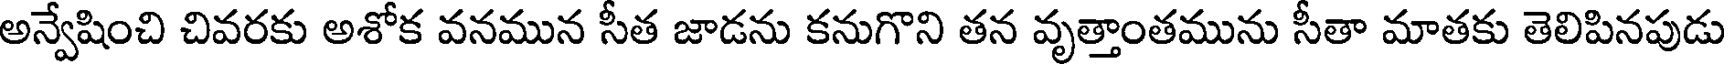
అన్వేషించి చివరకు అశోక వనమున సీత జాడను కనుగొని తన వృత్తాంతమును సీతా మాతకు తెలిపినపుడు